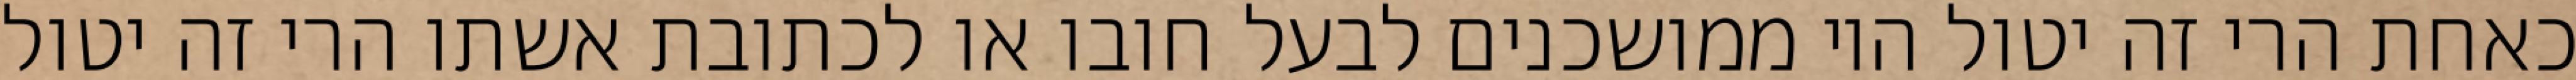
כאחת הרי זה יטול היו ממושכנים לבעל חובו או לכתובת אשתו הרי זה יטול